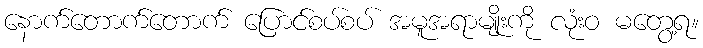
နောက်တောက်တောက် ပြောင်စပ်စပ် အမူအရာမျိုးကို လုံးဝ မတွေ့ရ။